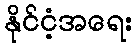
နိုင်ငံ့အရေး